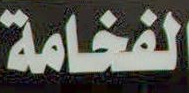
الفخامة